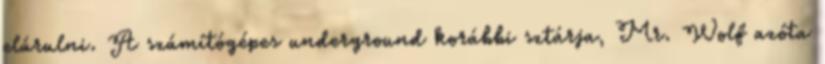
elárulni. A számítógépes underground korábbi sztárja, Mr. Wolf azóta